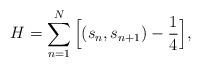
LaTeX: \begin{align*}H= \sum_{n=1}^N \Big[ (s_n, s_{n+1}) -\frac{1}{4} \Big],\end{align*}